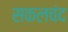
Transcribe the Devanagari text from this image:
सकलचंद